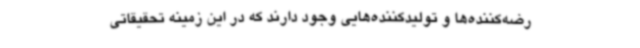
رضه‌کننده‌ها و تولیدکننده‌هایی وجود دارند که در این زمینه تحقیقاتی